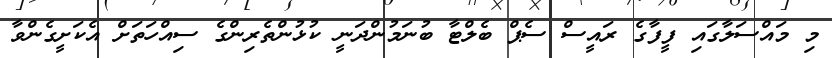
މި މައްސަލާގައި ފީފާގެ ރައީސް ސެޕް ބެލްޓާ ބުނަމުންދަނީ ކުޅުންތެރިންގެ ސިއްހަތަށް އެކަށީގެންވާ